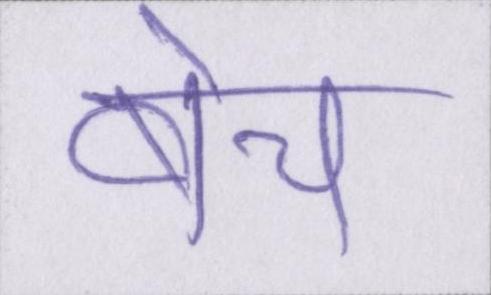
बेच